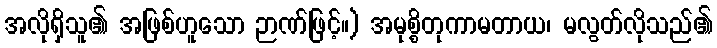
အလိုရှိသူ၏ အဖြစ်ဟူသော ဉာဏ်ဖြင့်။) အမုစ္စိတုကာမတာယ၊ မလွတ်လိုသည်၏